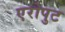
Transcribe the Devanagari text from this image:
एरोपुट